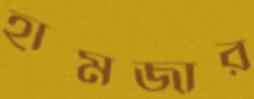
হামজার